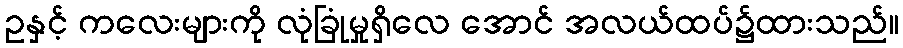
ဥနှင့် ကလေးများကို လုံခြုံမှုရှိလေ အောင် အလယ်ထပ်၌ထားသည်။